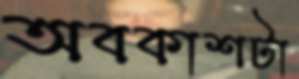
অবকাশটা